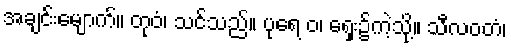
အချင်းမျောက်။ တုဝံ၊ သင်သည်။ ပုရေ ဝ၊ ရှေး၌ကဲ့သို့။ သီလဝတံ၊